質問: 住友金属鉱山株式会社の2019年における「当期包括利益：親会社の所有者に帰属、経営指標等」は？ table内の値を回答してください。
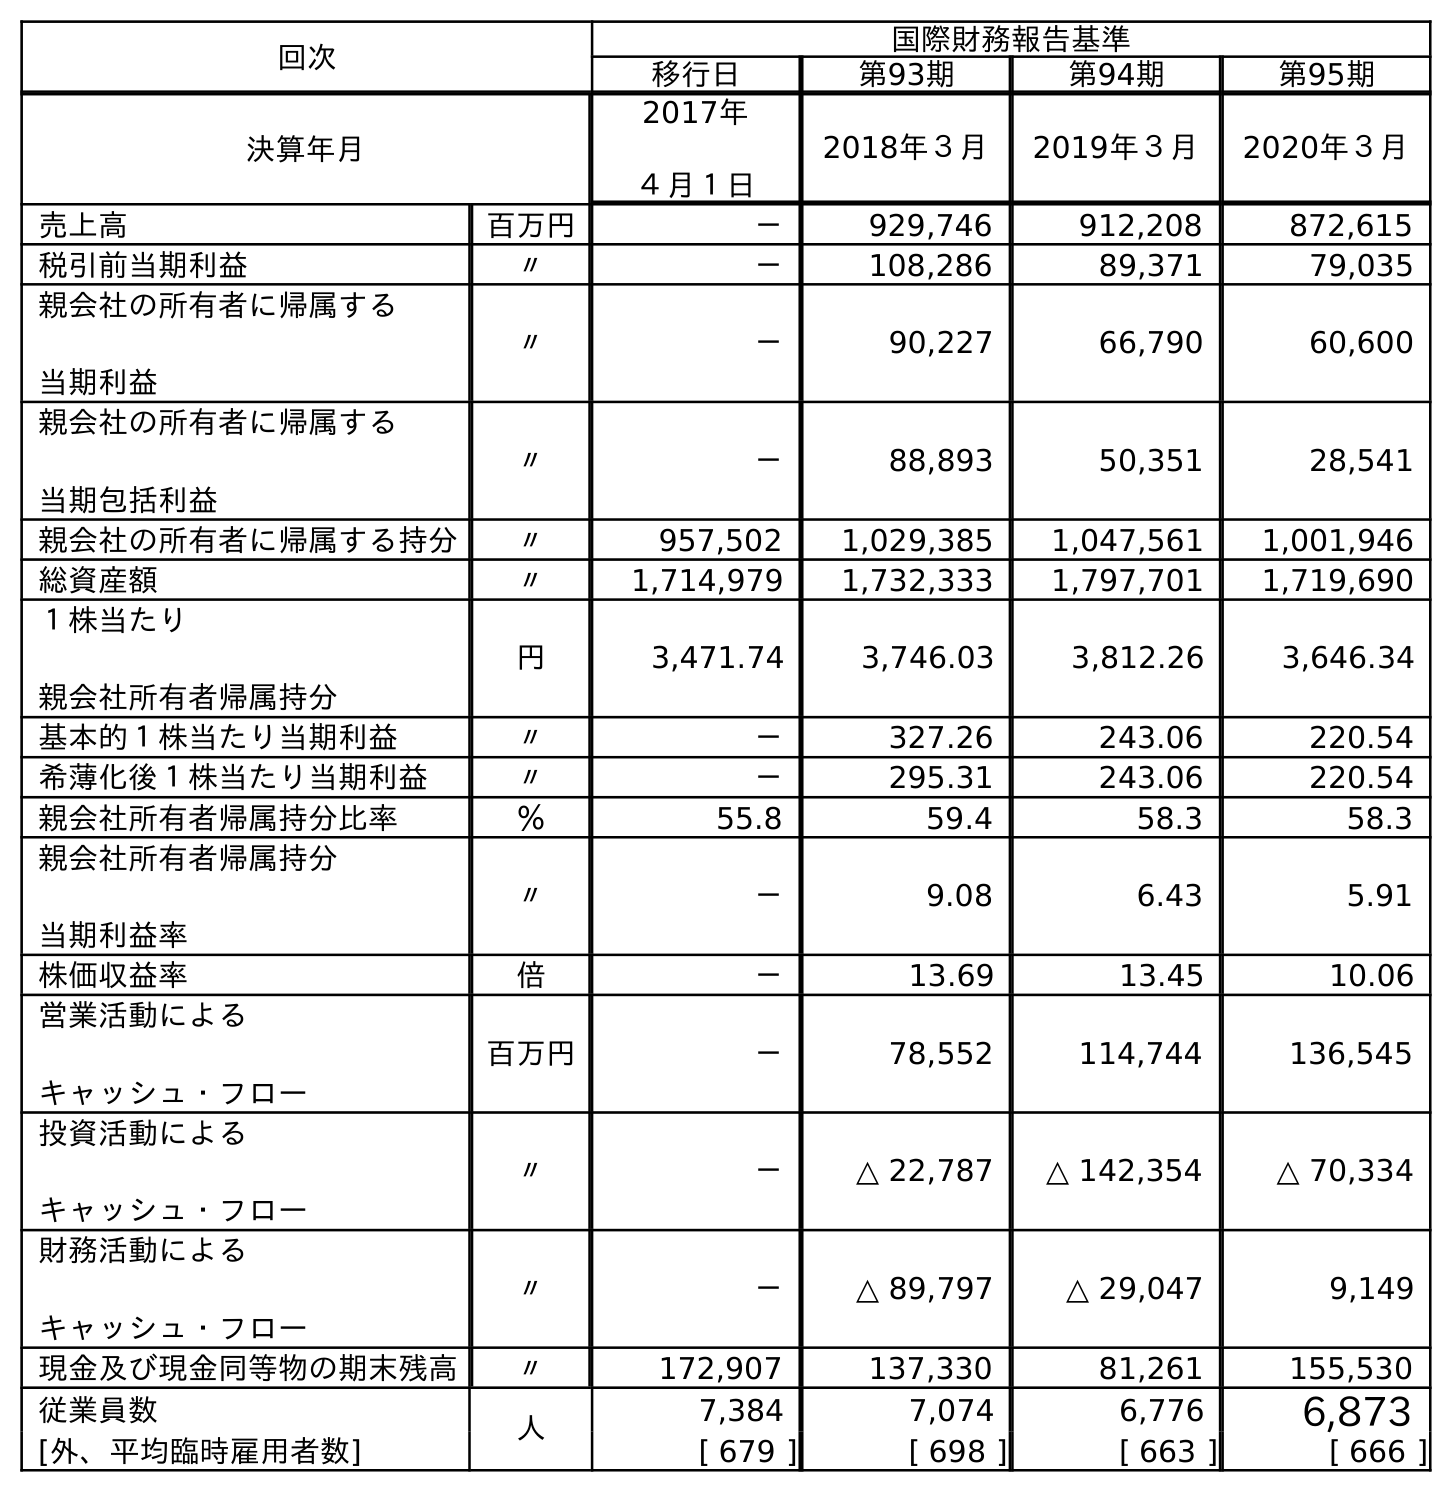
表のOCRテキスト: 回次 国際財務報告基準 移行日 第93期 第94期 第95期 決算年月 2017年 ４月１日 2018年３月 2019年３月 2020年３月 売上高 百万円 － 929,746 912,208 872,615 税引前当期利益 〃 － 108,286 89,371 79,035 親会社の所有者に帰属する 当期利益 〃 － 90,227 66,790 60,600 親会社の所有者に帰属する 当期包括利益 〃 － 88,893 50,351 28,541 親会社の所有者に帰属する持分 〃 957,502 1,029,385 1,047,561 1,001,946 総資産額 〃 1,714,979 1,732,333 1,797,701 1,719,690 １株当たり 親会社所有者帰属持分 円 3,471.74 3,746.03 3,812.26 3,646.34 基本的１株当たり当期利益 〃 － 327.26 243.06 220.54 希薄化後１株当たり当期利益 〃 － 295.31 243.06 220.54 親会社所有者帰属持分比率 ％ 55.8 59.4 58.3 58.3 親会社所有者帰属持分 当期利益率 〃 － 9.08 6.43 5.91 株価収益率 倍 － 13.69 13.45 10.06 営業活動による キャッシュ・フロー 百万円 － 78,552 114,744 136,545 投資活動による キャッシュ・フロー 〃 － △ 22,787 △ 142,354 △ 70,334 財務活動による キャッシュ・フロー 〃 － △ 89,797 △ 29,047 9,149 現金及び現金同等物の期末残高 〃 172,907 137,330 81,261 155,530 従業員数 人 7,384 7,074 6,776 6,873 [外、平均臨時雇用者数] [ 679 ] [ 698 ] [ 663 ] [ 666 ]
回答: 50,351